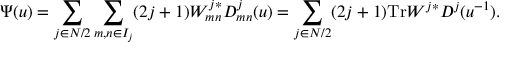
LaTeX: \Psi ( u ) = \sum _ { j \in N / 2 } \sum _ { m , n \in I _ { j } } ( 2 j + 1 ) W _ { m n } ^ { j * } D _ { m n } ^ { j } ( u ) = \sum _ { j \in N / 2 } ( 2 j + 1 ) \mathrm { T r } W ^ { j * } D ^ { j } ( u ^ { - 1 } ) .